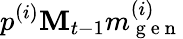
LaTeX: p^{(i)}\mathbf{M}_{t-1}m_{\mathrm{{~g~e~n~}}}^{(i)}